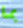
بما